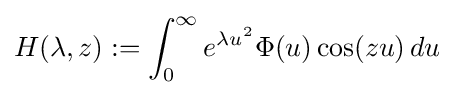
H(\lambda ,z):=\int _{0}^{\infty }e^{\lambda u^{2}}\Phi (u)\cos(zu)\,du